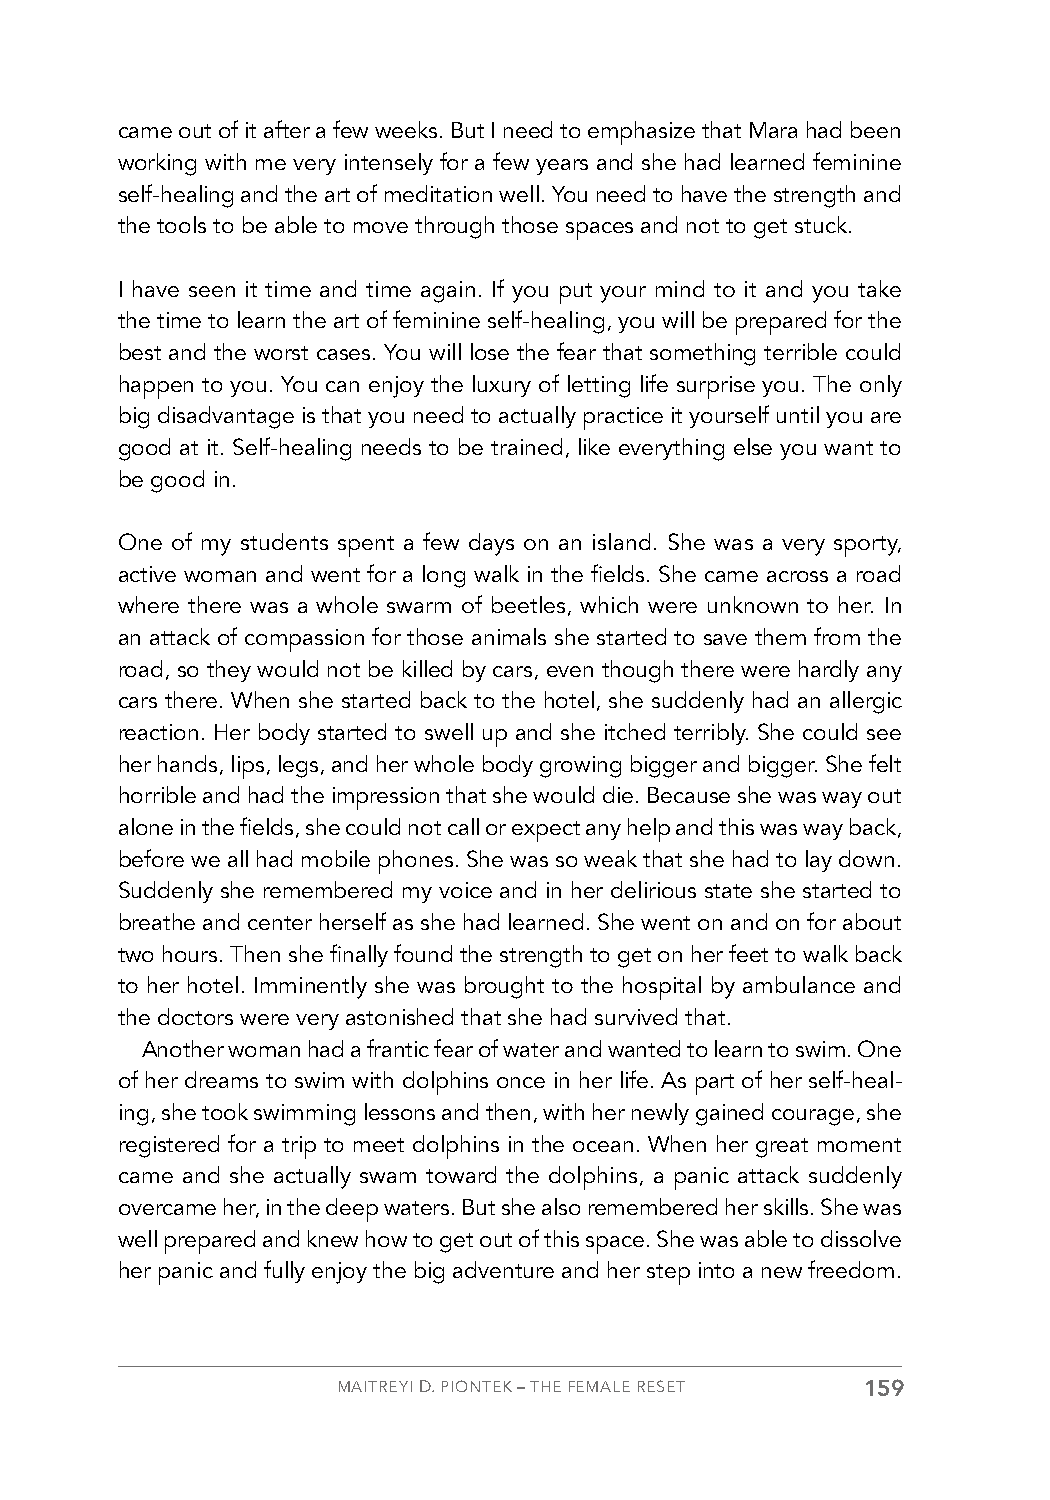
came out of it after a few weeks. But I need to emphasize that Mara had been
 working with me very intensely for a few years and she had learned feminine
 self-healing and the art of meditation well. You need to have the strength and
 the tools to be able to move through those spaces and not to get stuck.
 I have seen it time and time again. If you put your mind to it and you take
 the time to learn the art of feminine self-healing, you will be prepared for the
 best and the worst cases. You will lose the fear that something terrible could
 happen to you. You can enjoy the luxury of letting life surprise you. The only
 big disadvantage is that you need to actually practice it yourself until you are
 good at it. Self-healing needs to be trained, like everything else you want to
 be good in.
 One of my students spent a few days on an island. She was a very sporty,
 active woman and went for a long walk in the fields. She came across a road
 where there was a whole swarm of beetles, which were unknown to her. In
 an attack of compassion for those animals she started to save them from the
 road, so they would not be killed by cars, even though there were hardly any
 cars there. When she started back to the hotel, she suddenly had an allergic
 reaction. Her body started to swell up and she itched terribly. She could see
 her hands, lips, legs, and her whole body growing bigger and bigger. She felt
 horrible and had the impression that she would die. Because she was way out
 alone in the fields, she could not call or expect any help and this was way back,
 before we all had mobile phones. She was so weak that she had to lay down.
 Suddenly she remembered my voice and in her delirious state she started to
 breathe and center herself as she had learned. She went on and on for about
 two hours. Then she finally found the strength to get on her feet to walk back
 to her hotel. Imminently she was brought to the hospital by ambulance and
 the doctors were very astonished that she had survived that.
 Another woman had a frantic fear of water and wanted to learn to swim. One
 of her dreams to swim with dolphins once in her life. As part of her self-heal-
 ing, she took swimming lessons and then, with her newly gained courage, she
 registered for a trip to meet dolphins in the ocean. When her great moment
 came and she actually swam toward the dolphins, a panic attack suddenly
 overcame her, in the deep waters. But she also remembered her skills. She was
 well prepared and knew how to get out of this space. She was able to dissolve
 her panic and fully enjoy the big adventure and her step into a new freedom.
 MAITREYI D. PIONTEK – THE FEMALE RESET 159